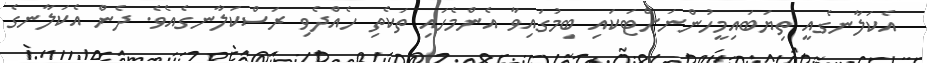
އެކަލާނގެއީ ތިޔަބައިމީހުންނަށްޓަކައި ބިމުގައިވާ އެންމެހައި ތަކެތި ހެއްދެވި ރަސްކަލާނގެއެވެ. ދެން އެކަލާނގެ